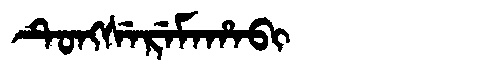
Manchu: ᡨᡠᠩᠰᡝᡵᡝᠮᠠᡥᠠᠪᡳ
Romanization: TUNGSEREMAHABI